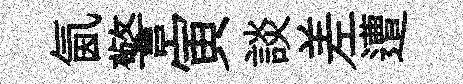
氤警寅談差遭